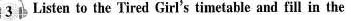
3 pListen to the Tired Girl's timetable and fill in the